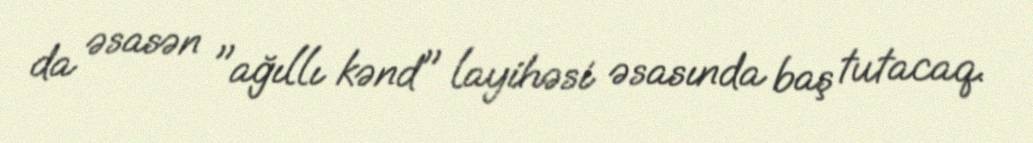
da əsasən "ağıllı kənd" layihəsi əsasında baş tutacaq.